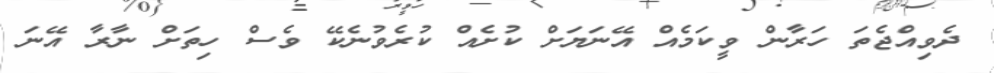
ދެވިއްޖެތަ ހަރާން ވީކަމެއް އޭނަޔަށް ކުށެއް ކުރެވުނެކޭ ވެސް ހިތަށް ނާރާ އޭނަ